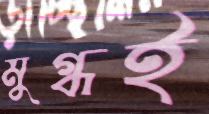
মুগ্ধই